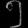
Digit: ၅